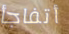
أتفاجأ